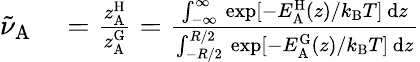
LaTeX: \begin{array}{rl}{\tilde{\nu}_{\mathrm{A}}}&{{}=\frac{z_{\mathrm{A}}^{\mathrm{H}}}{z_{\mathrm{A}}^{\mathrm{G}}}=\frac{\int_{-\infty}^{\infty}\, \exp[-E_{\mathrm{A}}^{\mathrm{H}}(z)/k_{\mathrm{B}}T]\, \mathrm{d}z}{\int_{-R/2}^{R/2}\, \exp[-E_{\mathrm{A}}^{\mathrm{G}}(z)/k_{\mathrm{B}}T]\, \mathrm{d}z}}\end{array}